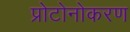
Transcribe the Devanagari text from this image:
प्रोटोनोकरण